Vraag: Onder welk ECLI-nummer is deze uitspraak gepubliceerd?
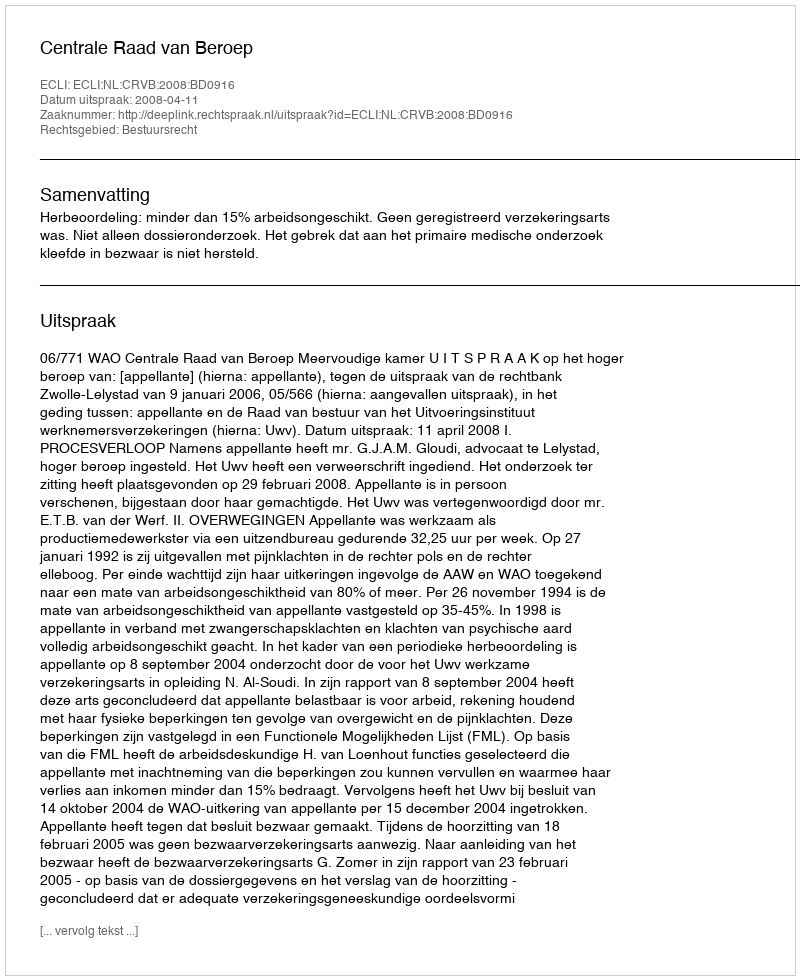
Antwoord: ECLI:NL:CRVB:2008:BD0916